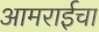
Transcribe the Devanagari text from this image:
आमराईचा